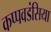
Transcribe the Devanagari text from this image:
कप्पवडंसिया